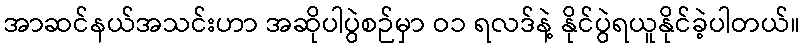
အာဆင်နယ်အသင်းဟာ အဆိုပါပွဲစဉ်မှာ ဝ၁ ရလဒ်နဲ့ နိုင်ပွဲရယူနိုင်ခဲ့ပါတယ်။